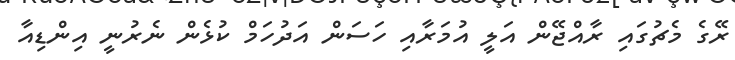
ރޭގެ މެޗުގައި ރާއްޖޭން އަލީ އުމަރާއި ހަސަން އަދުހަމް ކުޅެން ނެރުނީ އިންޑިއާ